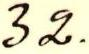
32.